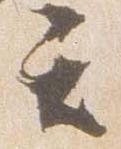
て